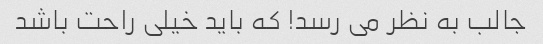
جالب به نظر می رسد! که باید خیلی راحت باشد